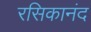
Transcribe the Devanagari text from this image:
रसिकानंद